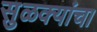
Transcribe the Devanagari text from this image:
सुळक्यांचा